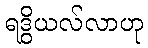
ရဒွိယလ်လာဟု